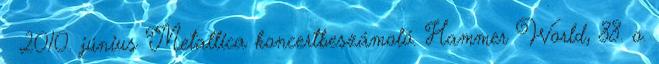
↑ 2010. június Metallica koncertbeszámoló. Hammer World, 88. o.